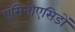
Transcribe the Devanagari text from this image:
एमिनोएसिडों